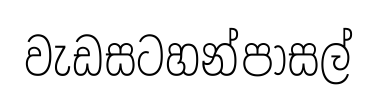
වැඩසටහන්පාසල්